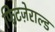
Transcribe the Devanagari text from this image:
फिटज़ेराल्ड